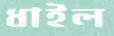
ধাইল